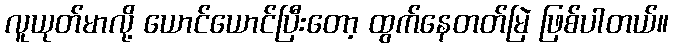
လူယုတ်မာလို့ ယောင်ယောင်ပြီးတော့ ထွက်နေတတ်မြဲ ဖြစ်ပါတယ်။